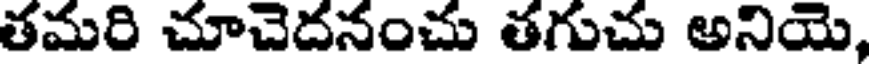
తమరి చూచెదనంచు తగుచు అనియె,